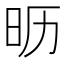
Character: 𰕵